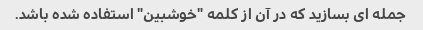
جمله ای بسازید که در آن از کلمه "خوشبین" استفاده شده باشد.